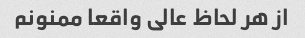
از هر لحاظ عالی واقعا ممنونم